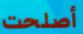
أصلحت